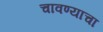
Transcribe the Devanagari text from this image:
चावण्याचा